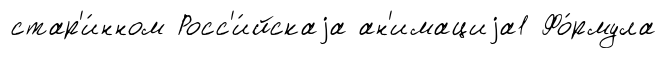
стар'и́нном Росс'и́йскаjа ан'имациjа1 Фо́рмула